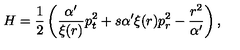
H = \frac { 1 } { 2 } \left( \frac { \alpha ^ { \prime } } { \xi ( r ) } p _ { t } ^ { 2 } + s \alpha ^ { \prime } \xi ( r ) p _ { r } ^ { 2 } - \frac { r ^ { 2 } } { \alpha ^ { \prime } } \right) ,